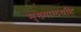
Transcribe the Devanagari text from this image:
मुख्यालयहि